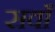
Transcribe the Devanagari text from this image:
सवाँ